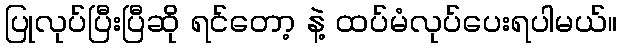
ပြုလုပ်ပြီးပြီဆို ရင်တော့ နဲ့ ထပ်မံလုပ်ပေးရပါမယ်။